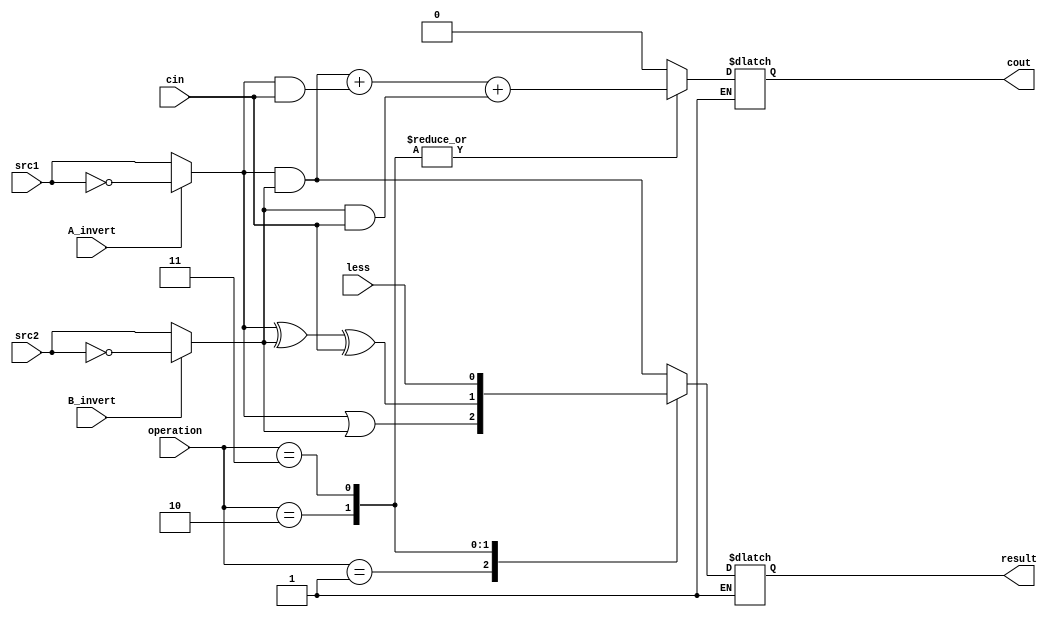
`timescale 1ns/1ps
//0316044 + 0316225
//////////////////////////////////////////////////////////////////////////////////
// Company: 
// Engineer: 
// 
// Design Name: 
// Module Name:    alu_top 
// Project Name: 
// Target Devices: 
// Tool versions: 
// Description: 
//
// Dependencies: 
//
// Revision: 
// Revision 0.01 - File Created
// Additional Comments: 
//
//////////////////////////////////////////////////////////////////////////////////

module alu_top(
               src1,       //1 bit source 1 (input)
               src2,       //1 bit source 2 (input)
               less,       //1 bit less     (input)
               A_invert,   //1 bit A_invert (input)
               B_invert,   //1 bit B_invert (input)
               cin,        //1 bit carry in (input)
               operation,  //operation      (input)
               result,     //1 bit result   (output)
               cout       //1 bit carry out(output)
               );

input         src1;
input         src2;
input         less;
input         A_invert;
input         B_invert;
input         cin;
input [2-1:0] operation;

output   reg  result;
output   reg   cout;

reg s1, s2;

reg done;

always@( * )begin

done =0 ;

if(done == 0)begin
	if(A_invert) s1 = ~src1;	else s1 = src1;
	if(B_invert) s2 = ~src2;	else s2 = src2;
	
	case(operation)
		2'b00:begin//And
			result = s1 & s2;
			cout = 0;end
			
		2'b01:begin//Or
			result = s1 | s2;
			cout = 0;end
		
		2'b10:begin//Add
			result = s1 ^ s2 ^ cin;
			cout = (s1&s2) + (s1&cin) + (s2&cin); 
			end
		
		2'b11:begin//less
			result = less;
			cout = (s1&s2) + (s1&cin) + (s2&cin); 
			end
	endcase
	
	done = 1;
	
end
else begin
	result = result;
	cout = cout;
end
	
end

endmodule